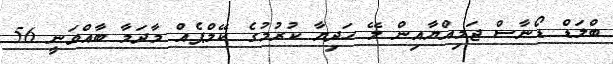
ބްލަޑް ޑޯނާސް ޖަމިއްޔާއިން ލޭ ހަދިޔާ ކުރުމުގެ ކޭމްޕެއް މާދަމާ ބާއްވަނީ 56